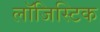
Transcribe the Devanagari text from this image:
लाॅजिस्टिक